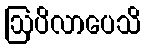
ဩပိလာပေသိ